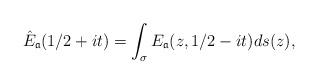
LaTeX: \begin{align*} \hat{E}_{\mathfrak{a}} (1/2+ it)=\int_{\sigma} E_{\mathfrak{a}} (z, 1/2- it) ds(z),\end{align*}